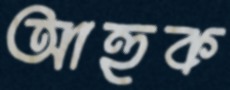
আহুক